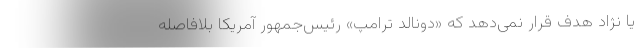
یا نژاد هدف قرار نمی‌دهد که «دونالد ترامپ» رئیس‌جمهور آمریکا بلافاصله